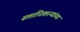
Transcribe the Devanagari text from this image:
सत्ताधिकाऱ्यांच्या